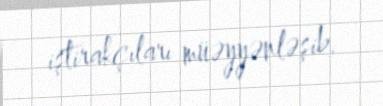
iştirakçıları müəyyənləşib.